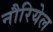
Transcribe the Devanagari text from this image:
नौरियेल